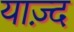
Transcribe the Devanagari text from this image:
याज़्द